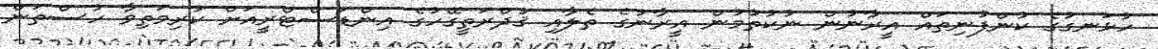
ހުޅަނގުގެ ކުންފުނިތައް އީރާނުން ނުކުތުމުން އީރާނުގެ ތެލާއި ޤުދްރަތީގޭހުގެ އިންޑަސްޓްރީއަށް ކުރިމަތިވާ ހުސްތަން